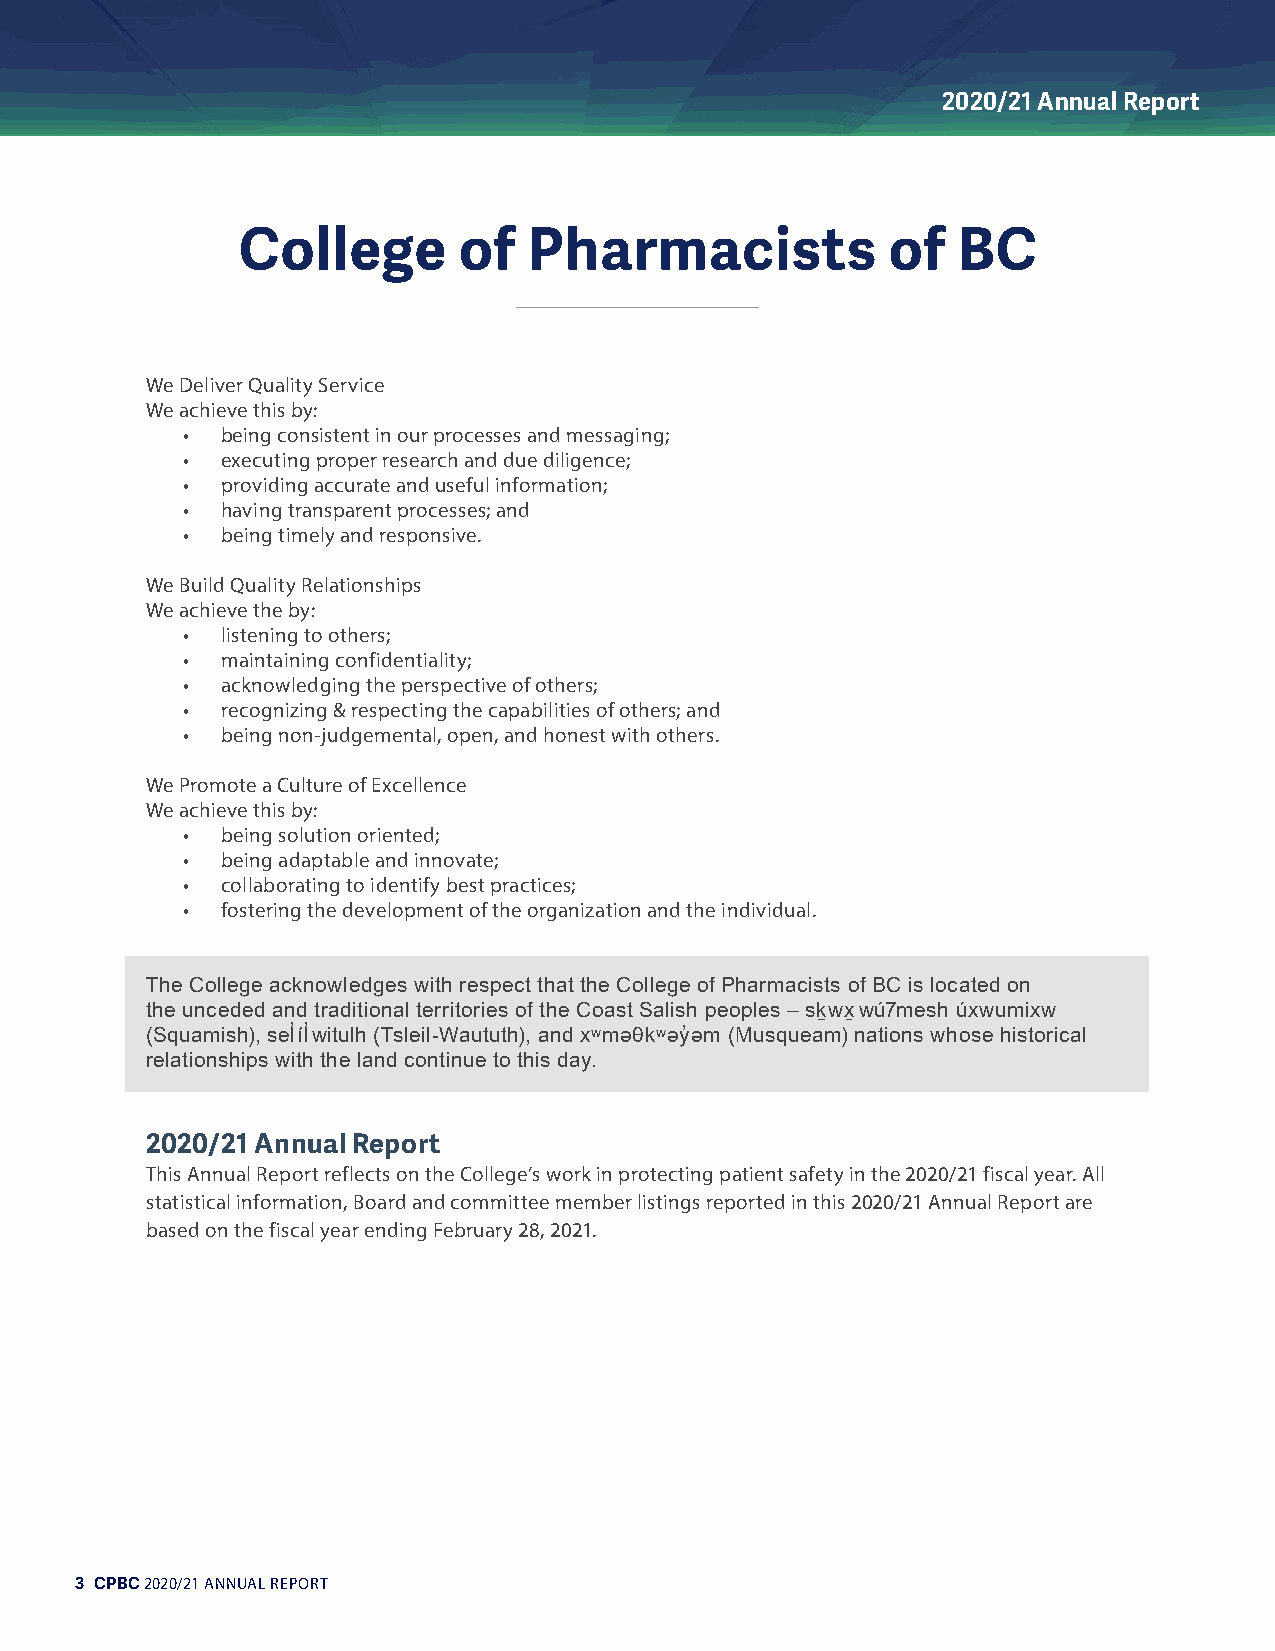
2020/21 Annual Report
 College       of   Pharmacists             of  BC
 We Deliver Quality Service
 We achieve this by:
 •  being consistent in our processes and messaging;
 •  executing proper research and due diligence;
 •  providing accurate and useful information;
 •  having transparent processes; and
 •  being timely and responsive.
 We Build Quality Relationships
 We achieve the by:
 •  listening to others;
 •  maintaining confidentiality;
 •  acknowledging the perspective of others;
 •  recognizing & respecting the capabilities of others; and
 •  being non-judgemental, open, and honest with others.
 We Promote a Culture of Excellence
 We achieve this by:
 •  being solution oriented;
 •  being adaptable and innovate;
 •  collaborating to identify best practices;
 •  fostering the development of the organization and the individual.
 The College acknowledges with respect that the College of Pharmacists of BC is located on
 the unceded and traditional territories of the Coast Salish peoples – sḵwx̱ wú7mesh úxwumixw
 (Squamish), sel̓íl̓witulh (Tsleil-Waututh), and xʷməθkʷəy̓ əm (Musqueam) nations whose historical
 relationships with the land continue to this day.
 2020/21 Annual Report
 This Annual Report reflects on the College’s work in protecting patient safety in the 2020/21 fiscal year. All
 statistical information, Board and committee member listings reported in this 2020/21 Annual Report are
 based on the fiscal year ending February 28, 2021.
 3 CPBC 2020/21 ANNUAL REPORT